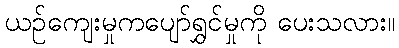
ယဉ်ကျေးမှုကပျော်ရွှင်မှုကို ပေးသလား။